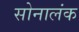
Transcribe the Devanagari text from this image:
सोनालंक